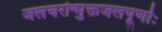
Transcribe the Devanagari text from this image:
जलचरोन्मुक्तजलपूर्णाः